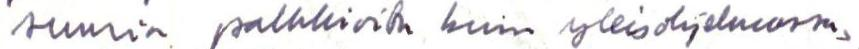
suuria palkkioita kuin yleisohjelmissa